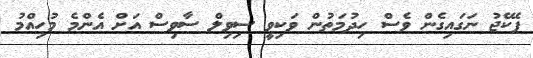
ޕެކޭޖު ނަގައިގެން ވެސް ހިދުމަތުން ވަކިވީ ސިވިލް ސާވިސް އަށް އެންމެ މުހިއްމު